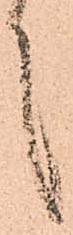
言